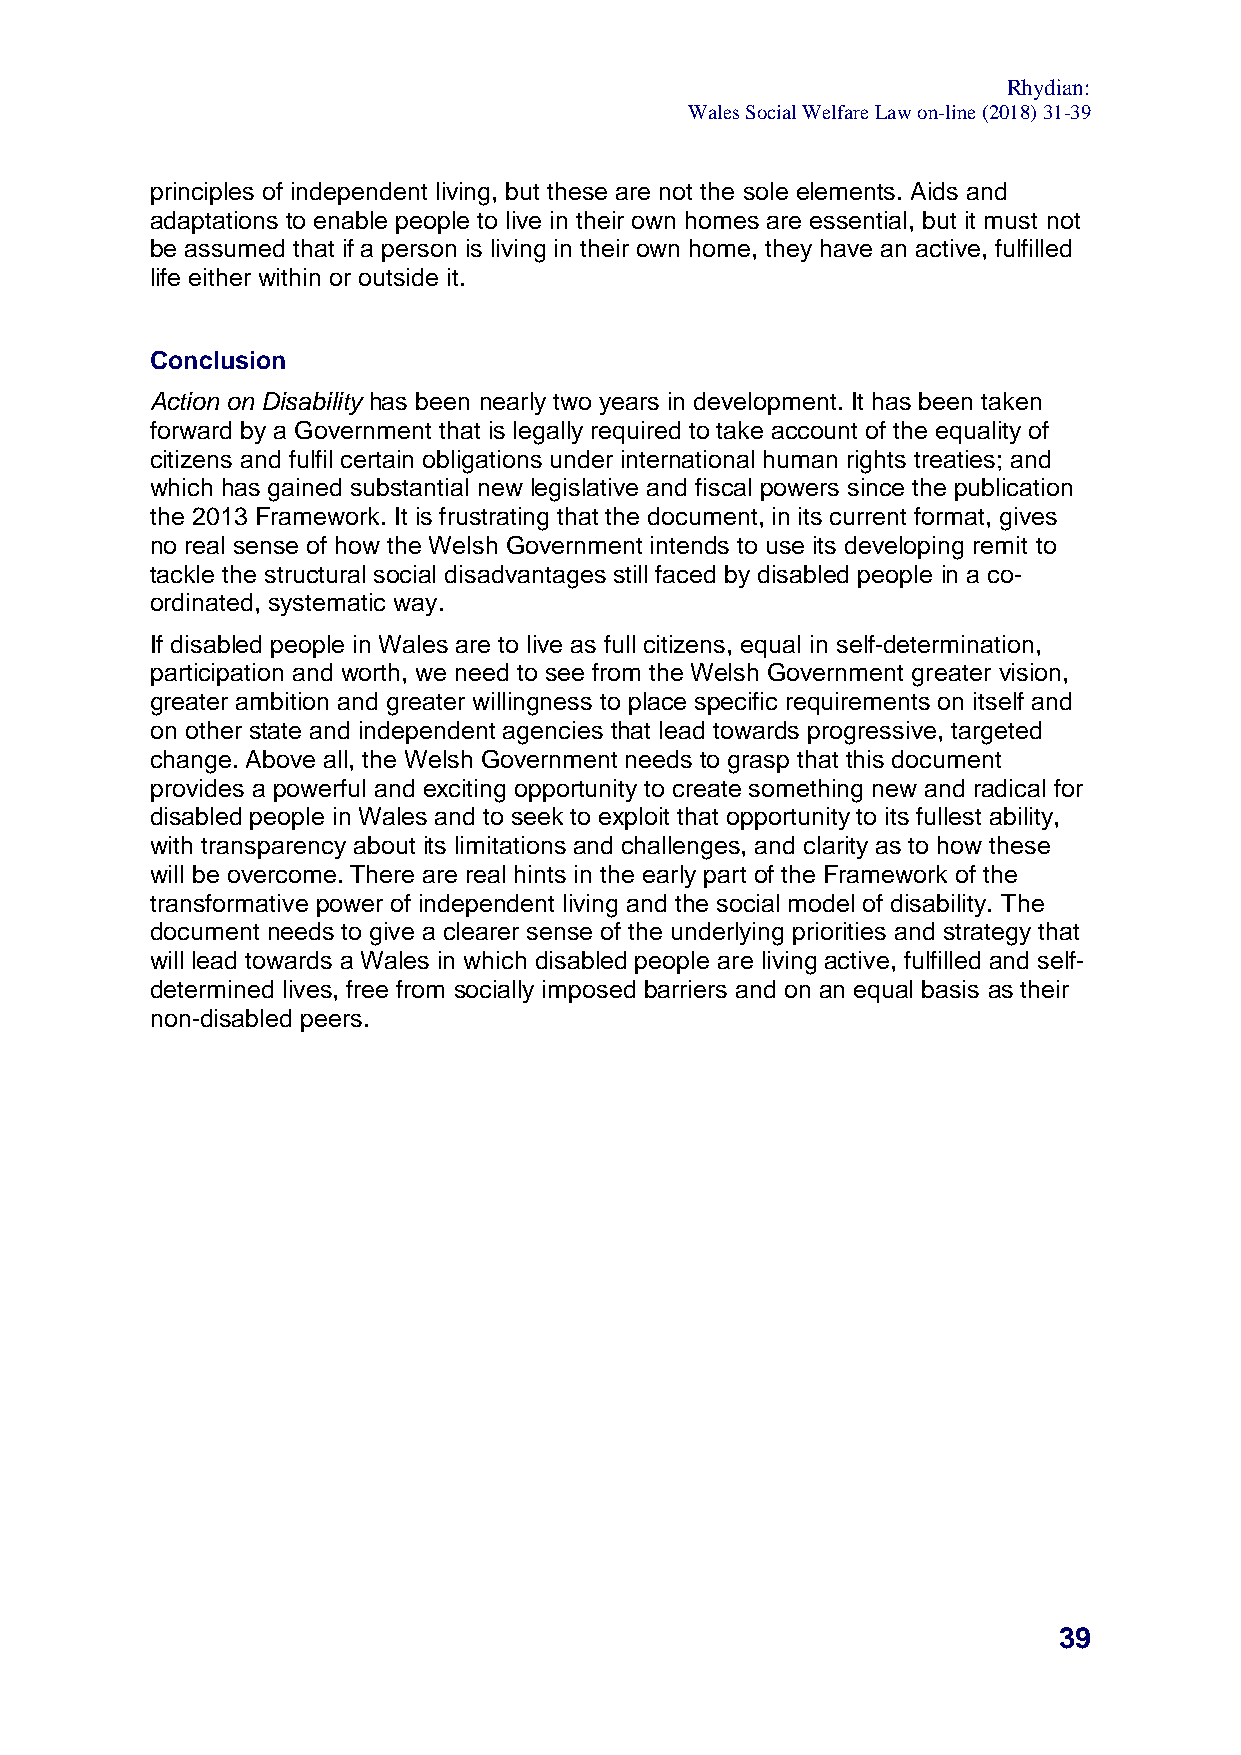
Rhydian:
 Wales Social Welfare Law on-line (2018) 31-39
 principles of independent living, but these are not the sole elements. Aids and
 adaptations to enable people to live in their own homes are essential, but it must not
 be assumed that if a person is living in their own home, they have an active, fulfilled
 life either within or outside it.
 Conclusion
 Action on Disability has been nearly two years in development. It has been taken
 forward by a Government that is legally required to take account of the equality of
 citizens and fulfil certain obligations under international human rights treaties; and
 which has gained substantial new legislative and fiscal powers since the publication
 the 2013 Framework. It is frustrating that the document, in its current format, gives
 no real sense of how the Welsh Government intends to use its developing remit to
 tackle the structural social disadvantages still faced by disabled people in a co-
 ordinated, systematic way.
 If disabled people in Wales are to live as full citizens, equal in self-determination,
 participation and worth, we need to see from the Welsh Government greater vision,
 greater ambition and greater willingness to place specific requirements on itself and
 on other state and independent agencies that lead towards progressive, targeted
 change. Above all, the Welsh Government needs to grasp that this document
 provides a powerful and exciting opportunity to create something new and radical for
 disabled people in Wales and to seek to exploit that opportunity to its fullest ability,
 with transparency about its limitations and challenges, and clarity as to how these
 will be overcome. There are real hints in the early part of the Framework of the
 transformative power of independent living and the social model of disability. The
 document needs to give a clearer sense of the underlying priorities and strategy that
 will lead towards a Wales in which disabled people are living active, fulfilled and self-
 determined lives, free from socially imposed barriers and on an equal basis as their
 non-disabled peers.
 39